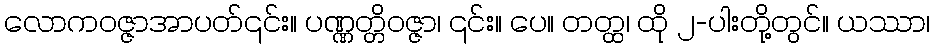
လောကဝဇ္ဇာအာပတ်၎င်း။ ပဏ္ဏတ္တိဝဇ္ဇာ၊ ၎င်း။ ပေ။ တတ္ထ၊ ထို ၂-ပါးတို့တွင်။ ယဿာ၊